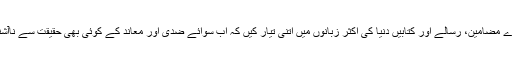
اور چھوٹے بڑے مضامین، رسالے اور کتابیں دنیا کی اکثر زبانوں میں اتنی تیار کیں کہ اب سوائے ضدی اور معاند کے کوئی بھی حقیقت سے ناآشنا نہیں رہ سکتا۔